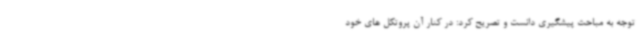
توجه به مباحث پیشگیری دانست و تصریح کرد: در کنار آن پروتکل های خود